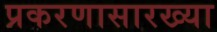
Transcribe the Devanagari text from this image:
प्रकरणासारख्या